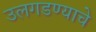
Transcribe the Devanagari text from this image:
उलगडण्याचे